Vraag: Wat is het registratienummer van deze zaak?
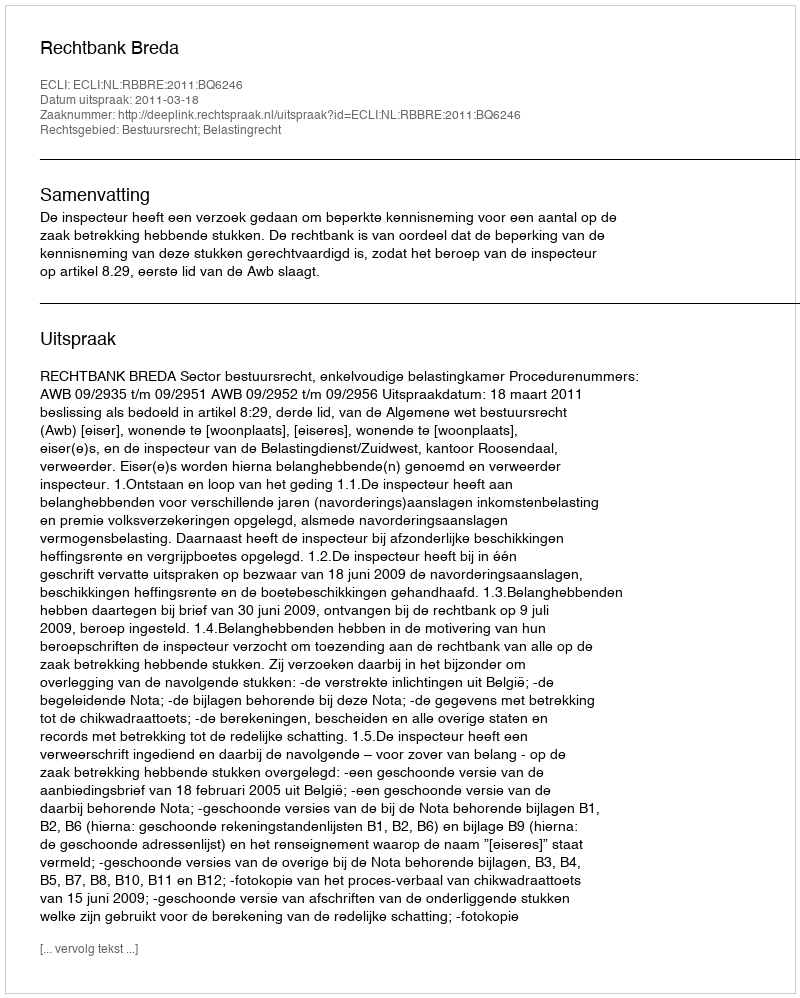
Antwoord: http://deeplink.rechtspraak.nl/uitspraak?id=ECLI:NL:RBBRE:2011:BQ6246